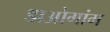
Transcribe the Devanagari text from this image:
डाओगांग